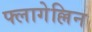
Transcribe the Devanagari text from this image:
फ्लागेल्लिन